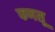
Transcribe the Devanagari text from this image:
फणसू